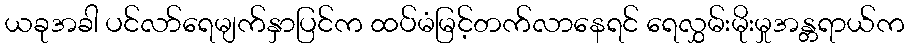
ယခုအခါ ပင်လာ်ရေမျက်နှာပြင်က ထပ်မံမြင့်တက်လာနေရင် ရေလွှမ်းမိုးမှုအန္တရာယ်က